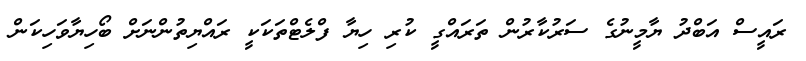
ރައީސް އަބްދު ޔާމީނުގެ ސަރުކާރުން ތަރައްގީ ކުރި ހިޔާ ފްލެޓްތަކަކީ ރައްޔިތުންނަށް ބޯހިޔާވަހިކަން